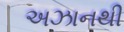
અઝાનથી